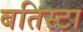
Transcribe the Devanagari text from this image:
बतिस्टा